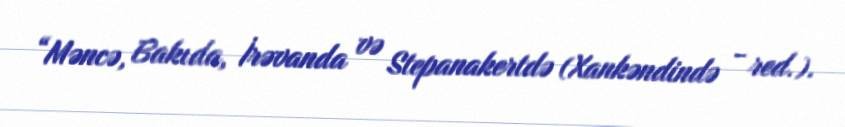
“Məncə, Bakıda, İrəvanda və Stepanakertdə (Xankəndində - red.).